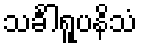
သင်္ခါရူပနိသံ